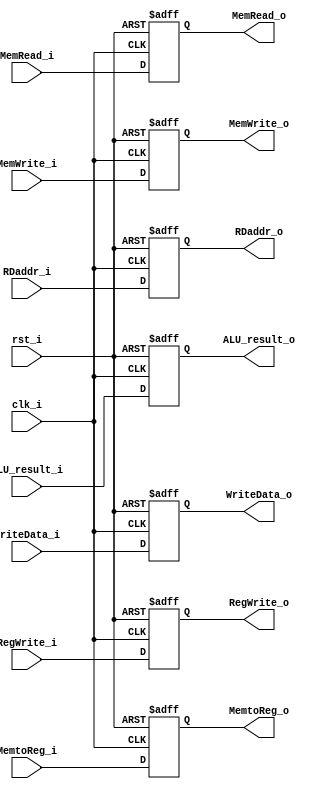
module EX_MEM (
    clk_i,
    rst_i,
    RegWrite_i,
    MemtoReg_i,
    MemRead_i,
    MemWrite_i,
    ALU_result_i,
    WriteData_i,
    RDaddr_i,

    RegWrite_o,
    MemtoReg_o,
    MemRead_o,
    MemWrite_o,
    ALU_result_o,
    WriteData_o,
    RDaddr_o
);

input           clk_i, rst_i;
input           RegWrite_i;
input           MemtoReg_i;
input           MemRead_i;
input           MemWrite_i;
input signed    [31:0] ALU_result_i;
input signed    [31:0] WriteData_i;
input           [4:0] RDaddr_i;

output reg           RegWrite_o;
output reg           MemtoReg_o;
output reg           MemRead_o;
output reg           MemWrite_o;
output reg signed    [31:0] ALU_result_o;
output reg signed    [31:0] WriteData_o;
output reg           [4:0] RDaddr_o;

always @(posedge clk_i or posedge rst_i) begin
    if (rst_i == 1) begin
        RegWrite_o <= 0;
        MemtoReg_o <= 0;
        MemRead_o <= 0;
        MemWrite_o <= 0;
        ALU_result_o <= 0;
        WriteData_o <= 0;
        RDaddr_o <= 0;
    end
    else begin
        RegWrite_o <= RegWrite_i;
        MemtoReg_o <= MemtoReg_i;
        MemRead_o <= MemRead_i;
        MemWrite_o <= MemWrite_i;
        ALU_result_o <= ALU_result_i;
        WriteData_o <= WriteData_i;
        RDaddr_o <= RDaddr_i;
    end
end

endmodule